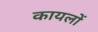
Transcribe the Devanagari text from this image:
कायलों